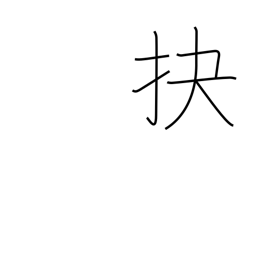
Meaning: pry